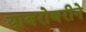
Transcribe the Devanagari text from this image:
याबरोबरीने